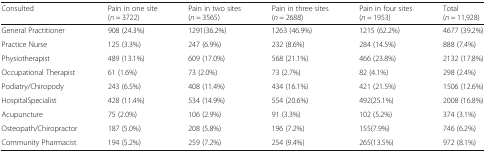
<table><thead><tr><td><b>Consulted</b></td><td><b>Pain in one site(<i>n</i> = 3722)</b></td><td><b>Pain in two sites(<i>n</i> = 3565)</b></td><td><b>Pain in three sites(<i>n</i> = 2688)</b></td><td><b>Pain in four sites(<i>n</i> = 1953)</b></td><td><b>Total(<i>n</i> = 11,928)</b></td></tr></thead><tbody><tr><td>General Practitioner</td><td>908 (24.3%)</td><td>1291(36.2%)</td><td>1263 (46.9%)</td><td>1215 (62.2%)</td><td>4677 (39.2%)</td></tr><tr><td>Practice Nurse</td><td>125 (3.3%)</td><td>247 (6.9%)</td><td>232 (8.6%)</td><td>284 (14.5%)</td><td>888 (7.4%)</td></tr><tr><td>Physiotherapist</td><td>489 (13.1%)</td><td>609 (17.0%)</td><td>568 (21.1%)</td><td>466 (23.8%)</td><td>2132 (17.8%)</td></tr><tr><td>Occupational Therapist</td><td>61 (1.6%)</td><td>73 (2.0%)</td><td>73 (2.7%)</td><td>82 (4.1%)</td><td>298 (2.4%)</td></tr><tr><td>Podiatry/Chiropody</td><td>243 (6.5%)</td><td>408 (11.4%)</td><td>434 (16.1%)</td><td>421 (21.5%)</td><td>1506 (12.6%)</td></tr><tr><td>HospitalSpecialist</td><td>428 (11.4%)</td><td>534 (14.9%)</td><td>554 (20.6%)</td><td>492(25.1%)</td><td>2008 (16.8%)</td></tr><tr><td>Acupuncture</td><td>75 (2.0%)</td><td>106 (2.9%)</td><td>91 (3.3%)</td><td>102 (5.2%)</td><td>374 (3.1%)</td></tr><tr><td>Osteopath/Chiropractor</td><td>187 (5.0%)</td><td>208 (5.8%)</td><td>196 (7.2%)</td><td>155(7.9%)</td><td>746 (6.2%)</td></tr><tr><td>Community Pharmacist</td><td>194 (5.2%)</td><td>259 (7.2%)</td><td>254 (9.4%)</td><td>265(13.5%)</td><td>972 (8.1%)</td></tr></tbody></table>